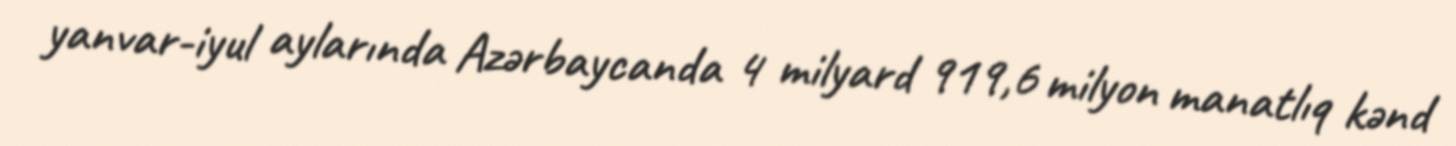
yanvar-iyul aylarında Azərbaycanda 4 milyard 919,6 milyon manatlıq kənd